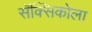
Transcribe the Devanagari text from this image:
सॅक्सिकोला